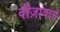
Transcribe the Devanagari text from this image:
वीज़ायास